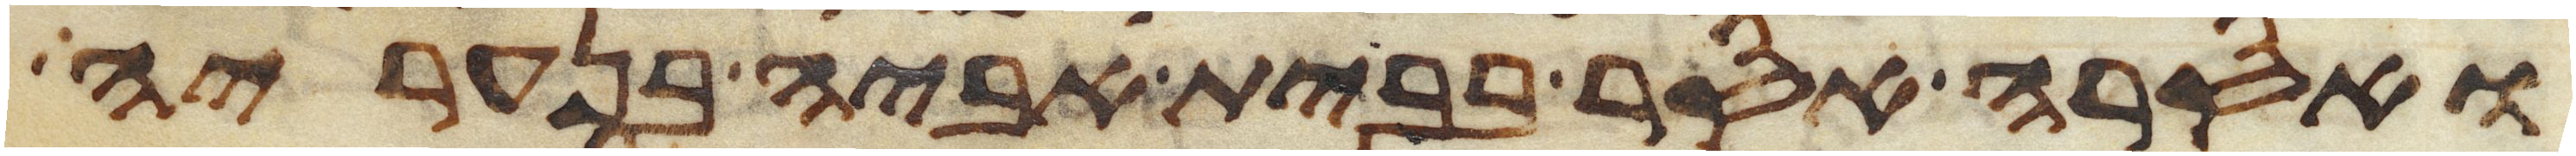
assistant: ואסרה אסר בבית אביה בנעריה